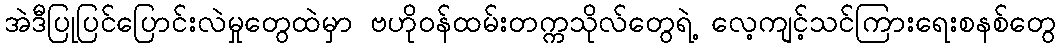
အဲဒီပြုပြင်ပြောင်းလဲမှုတွေထဲမှာ ဗဟိုဝန်ထမ်းတက္ကသိုလ်တွေရဲ့ လေ့ကျင့်သင်ကြားရေးစနစ်တွေ